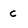
Character: C